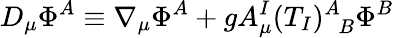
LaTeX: D_{\mu}\Phi^{A}\equiv\nabla_{\mu}\Phi^{A}+gA_{\mu}^{I}(T_{I})_{\, \, \, B}^{A}\Phi^{B}